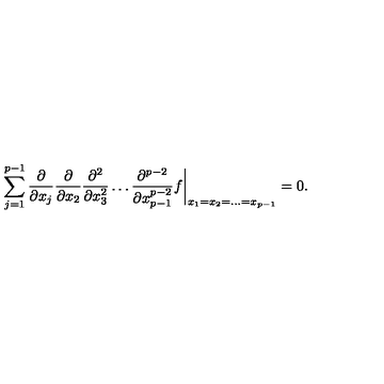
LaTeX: \sum _ { j = 1 } ^ { p - 1 } \frac { \partial } { \partial x _ { j } } \frac { \partial } { \partial x _ { 2 } } \frac { \partial ^ { 2 } } { \partial x _ { 3 } ^ { 2 } } \dots \frac { \partial ^ { p - 2 } } { \partial x _ { p - 1 } ^ { p - 2 } } f \biggr | _ { x _ { 1 } = x _ { 2 } = \dots = x _ { p - 1 } } = 0 .